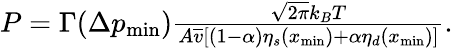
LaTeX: \begin{array}{r}{P=\Gamma(\Delta p_{\mathrm{min}})\frac{\sqrt{2\pi}k_{B}T}{A\overline{{v}}[(1-\alpha)\eta_{s}(x_{\mathrm{min}})+\alpha\eta_{d}(x_{\mathrm{min}})]}.}\end{array}